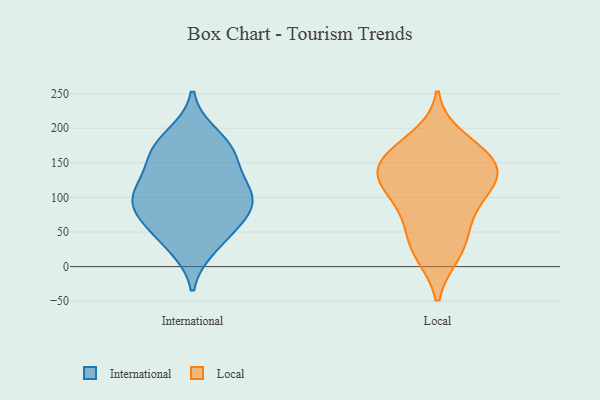
{"axis": {"x": "Budget (USD K)", "y": "Value"}, "legend": ["International", "Local"], "data": [{"x": "", "y": 87, "type": "International"}, {"x": "", "y": 107, "type": "International"}, {"x": "", "y": 106, "type": "International"}, {"x": "", "y": 29, "type": "International"}, {"x": "", "y": 75, "type": "International"}, {"x": "", "y": 68, "type": "International"}, {"x": "", "y": 168, "type": "International"}, {"x": "", "y": 162, "type": "International"}, {"x": "", "y": 122, "type": "International"}, {"x": "", "y": 42, "type": "International"}, {"x": "", "y": 163, "type": "International"}, {"x": "", "y": 189, "type": "International"}, {"x": "", "y": 99, "type": "International"}, {"x": "", "y": 140, "type": "Local"}, {"x": "", "y": 186, "type": "Local"}, {"x": "", "y": 157, "type": "Local"}, {"x": "", "y": 18, "type": "Local"}, {"x": "", "y": 160, "type": "Local"}, {"x": "", "y": 116, "type": "Local"}, {"x": "", "y": 160, "type": "Local"}, {"x": "", "y": 137, "type": "Local"}, {"x": "", "y": 127, "type": "Local"}, {"x": "", "y": 60, "type": "Local"}, {"x": "", "y": 100, "type": "Local"}, {"x": "", "y": 55, "type": "Local"}, {"x": "", "y": 104, "type": "Local"}, {"x": "", "y": 20, "type": "Local"}]}